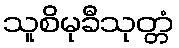
သူစိမုခီသုတ္တံ